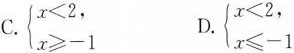
C.$$\left\{ \begin{matrix} x<2, \\ x\geq-1 \end{matrix} \right. $$D.$$\left\{ \begin{matrix} x<2, \\ x\leq-1 \end{matrix} \right.$$